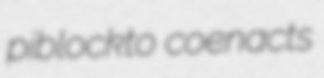
piblockto coenacts